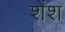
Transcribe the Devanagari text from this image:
शेंश